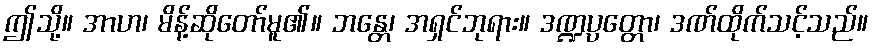
ဤသို့။ အာဟ၊ မိန့်ဆိုတော်မူ၏။ ဘန္တေ၊ အရှင်ဘုရား။ ဒဏ္ဍပ္ပတ္တော၊ ဒဏ်ထိုက်သင့်သည်။